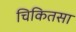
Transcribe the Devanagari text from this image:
चिकितसा